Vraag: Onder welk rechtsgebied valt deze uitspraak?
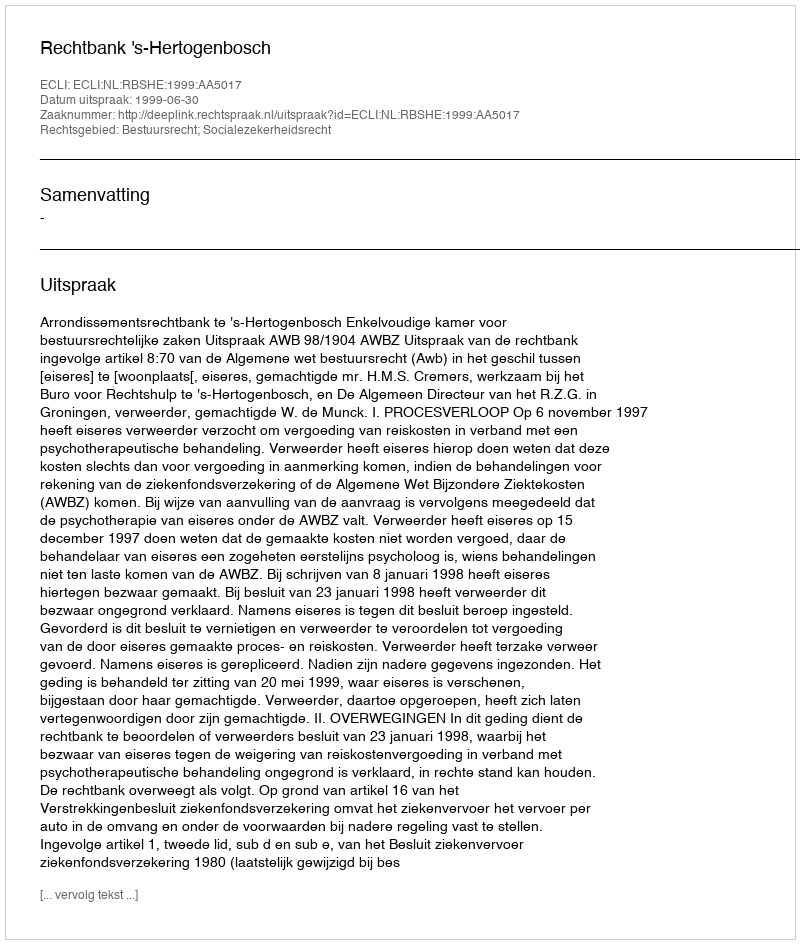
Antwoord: Bestuursrecht; Socialezekerheidsrecht